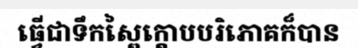
ធ្វើជាទឹកស្ពៃក្តោបបរិភោគក៏បាន